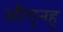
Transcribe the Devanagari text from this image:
औगुनहू